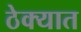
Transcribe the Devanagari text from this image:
ठेक्यात